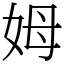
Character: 姆